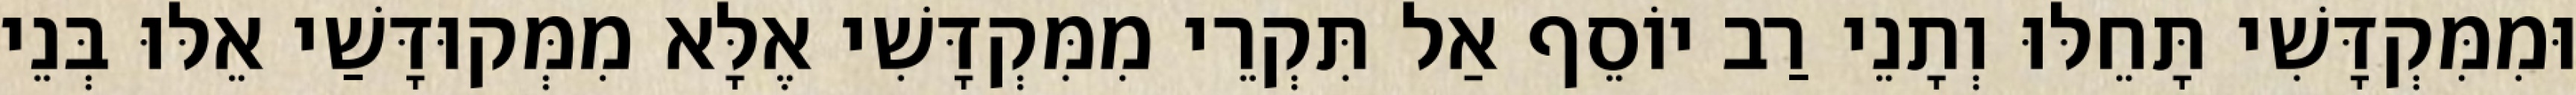
וּמִמִּקְדָּשִׁי תָּחֵלּוּ וְתָנֵי רַב יוֹסֵף אַל תִּקְרֵי מִמִּקְדָּשִׁי אֶלָּא מִמְּקוּדָּשַׁי אֵלּוּ בְּנֵי